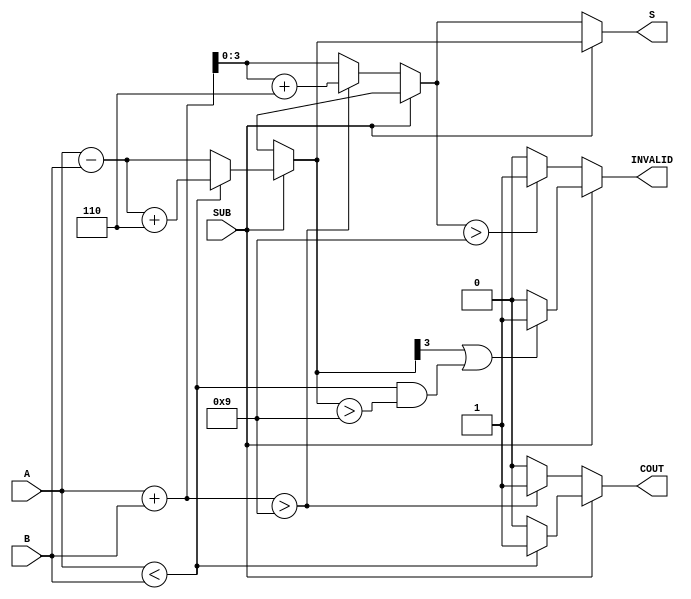
module BCD_Add_Subtracter (
    input  wire [3:0] A,      // First BCD digit
    input  wire [3:0] B,      // Second BCD digit
    input  wire SUB,          // Control signal (1 for subtraction, 0 for addition)
    output reg  [3:0] S,      // Resulting BCD digit
    output reg  COUT,         // Carry-out flag
    output reg  INVALID       // Invalid BCD flag
);

    wire [4:0] sum;           // 5-bit to hold sum for carry detection
    wire [4:0] diff;          // 5-bit to hold difference for borrow detection
    wire [3:0] corrected_sum; // Corrected sum for BCD
    wire [3:0] corrected_diff; // Corrected difference for BCD

    // Calculate sum and difference
    assign sum = A + B;       // A + B
    assign diff = A - B;      // A - B

    // BCD correction for addition
    assign corrected_sum = sum + 4'b0110; // Add 6 for correction if needed

    // BCD correction for subtraction
    assign corrected_diff = diff + 4'b0110; // Add 6 for correction if needed

    always @(*) begin
        // Default values
        S = 4'b0000;
        COUT = 1'b0;
        INVALID = 1'b0;

        if (SUB == 1'b0) begin
            // Addition operation
            if (sum > 4'b1001) begin
                S = corrected_sum[3:0]; // Corrected sum
                COUT = 1'b1;             // Carry-out
            end else begin
                S = sum[3:0];            // No correction needed
            end
            
            // Check for invalid BCD
            if (S > 4'b1001) begin
                INVALID = 1'b1;         // Result is invalid BCD
            end
        end else begin
            // Subtraction operation
            if (A < B) begin
                S = corrected_diff[3:0]; // Corrected difference
                COUT = 1'b1;              // Borrow occurred
            end else begin
                S = diff[3:0];            // No correction needed
            end
            
            // Check for invalid BCD
            if (S[3] == 1'b1 || (A < B && S > 4'b1001)) begin
                INVALID = 1'b1;          // Result is invalid BCD
            end
        end
    end
endmodule